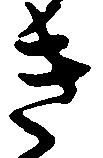
き